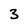
Character: 3